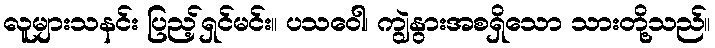
လူများသနင်း ပြည့်ရှင်မင်း။ ပသဝေါ၊ ကျွဲနွားအစရှိသော သားတို့သည်။